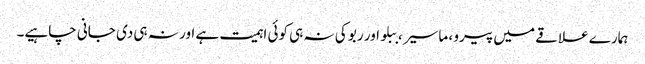
ہمارے علاقے میں پیرو ، ماسیر ، ببلو اور ربو کی نہ ہی کوئی اہمیت ہے اور نہ ہی دی جانی چاہیے۔